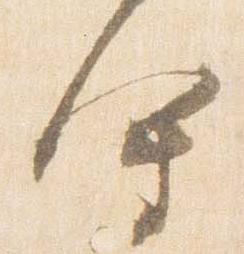
会